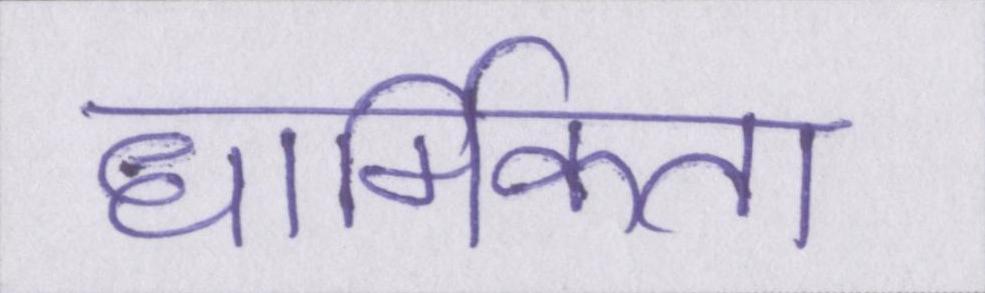
धार्मिकता